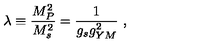
\lambda \equiv { { \frac { M _ { P } ^ { 2 } } { M _ { s } ^ { 2 } } } } = { \frac { 1 } { g _ { s } g _ { Y M } ^ { 2 } } } \ ,